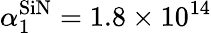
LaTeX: \alpha_{1}^{\textrm{SiN}}=1.8\times 10^{14}